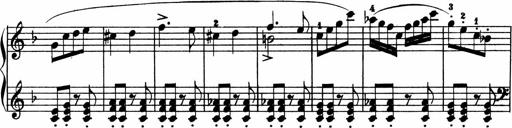
Title: 2 instructive Sonatinen
Composer: Paul Schumacher